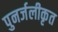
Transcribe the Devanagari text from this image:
पुनर्जलीकृत